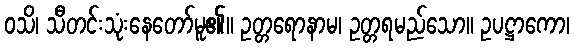
ဝသိ၊ သီတင်းသုံးနေတော်မူ၏။ ဥတ္တရောနာမ၊ ဥတ္တရမည်သော။ ဥပဋ္ဌာကော၊